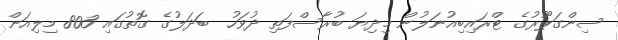
ސިންގަޕޫރުގެ ޓްރައިބިއުނަލުން މިދިޔަ ބުރާސްފަތި ދުވަހު  ބަދަލުގެ ގޮތުގައި 803 މިލިއަން